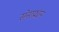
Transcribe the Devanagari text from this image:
सेनाप्रधान